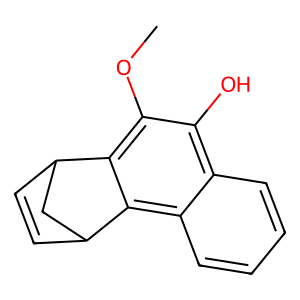
SMILES: COc1c2c(c3ccccc3c1O)C1C=CC2C1
Inhibits HIV replication: No